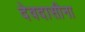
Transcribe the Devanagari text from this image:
देवदासीना